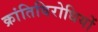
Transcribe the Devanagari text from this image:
क्रांतिविरोधियों